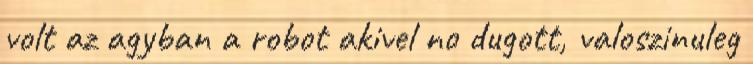
volt az agyban a robot akivel no dugott, valoszinuleg